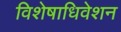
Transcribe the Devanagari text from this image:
विशेषाधिवेशन